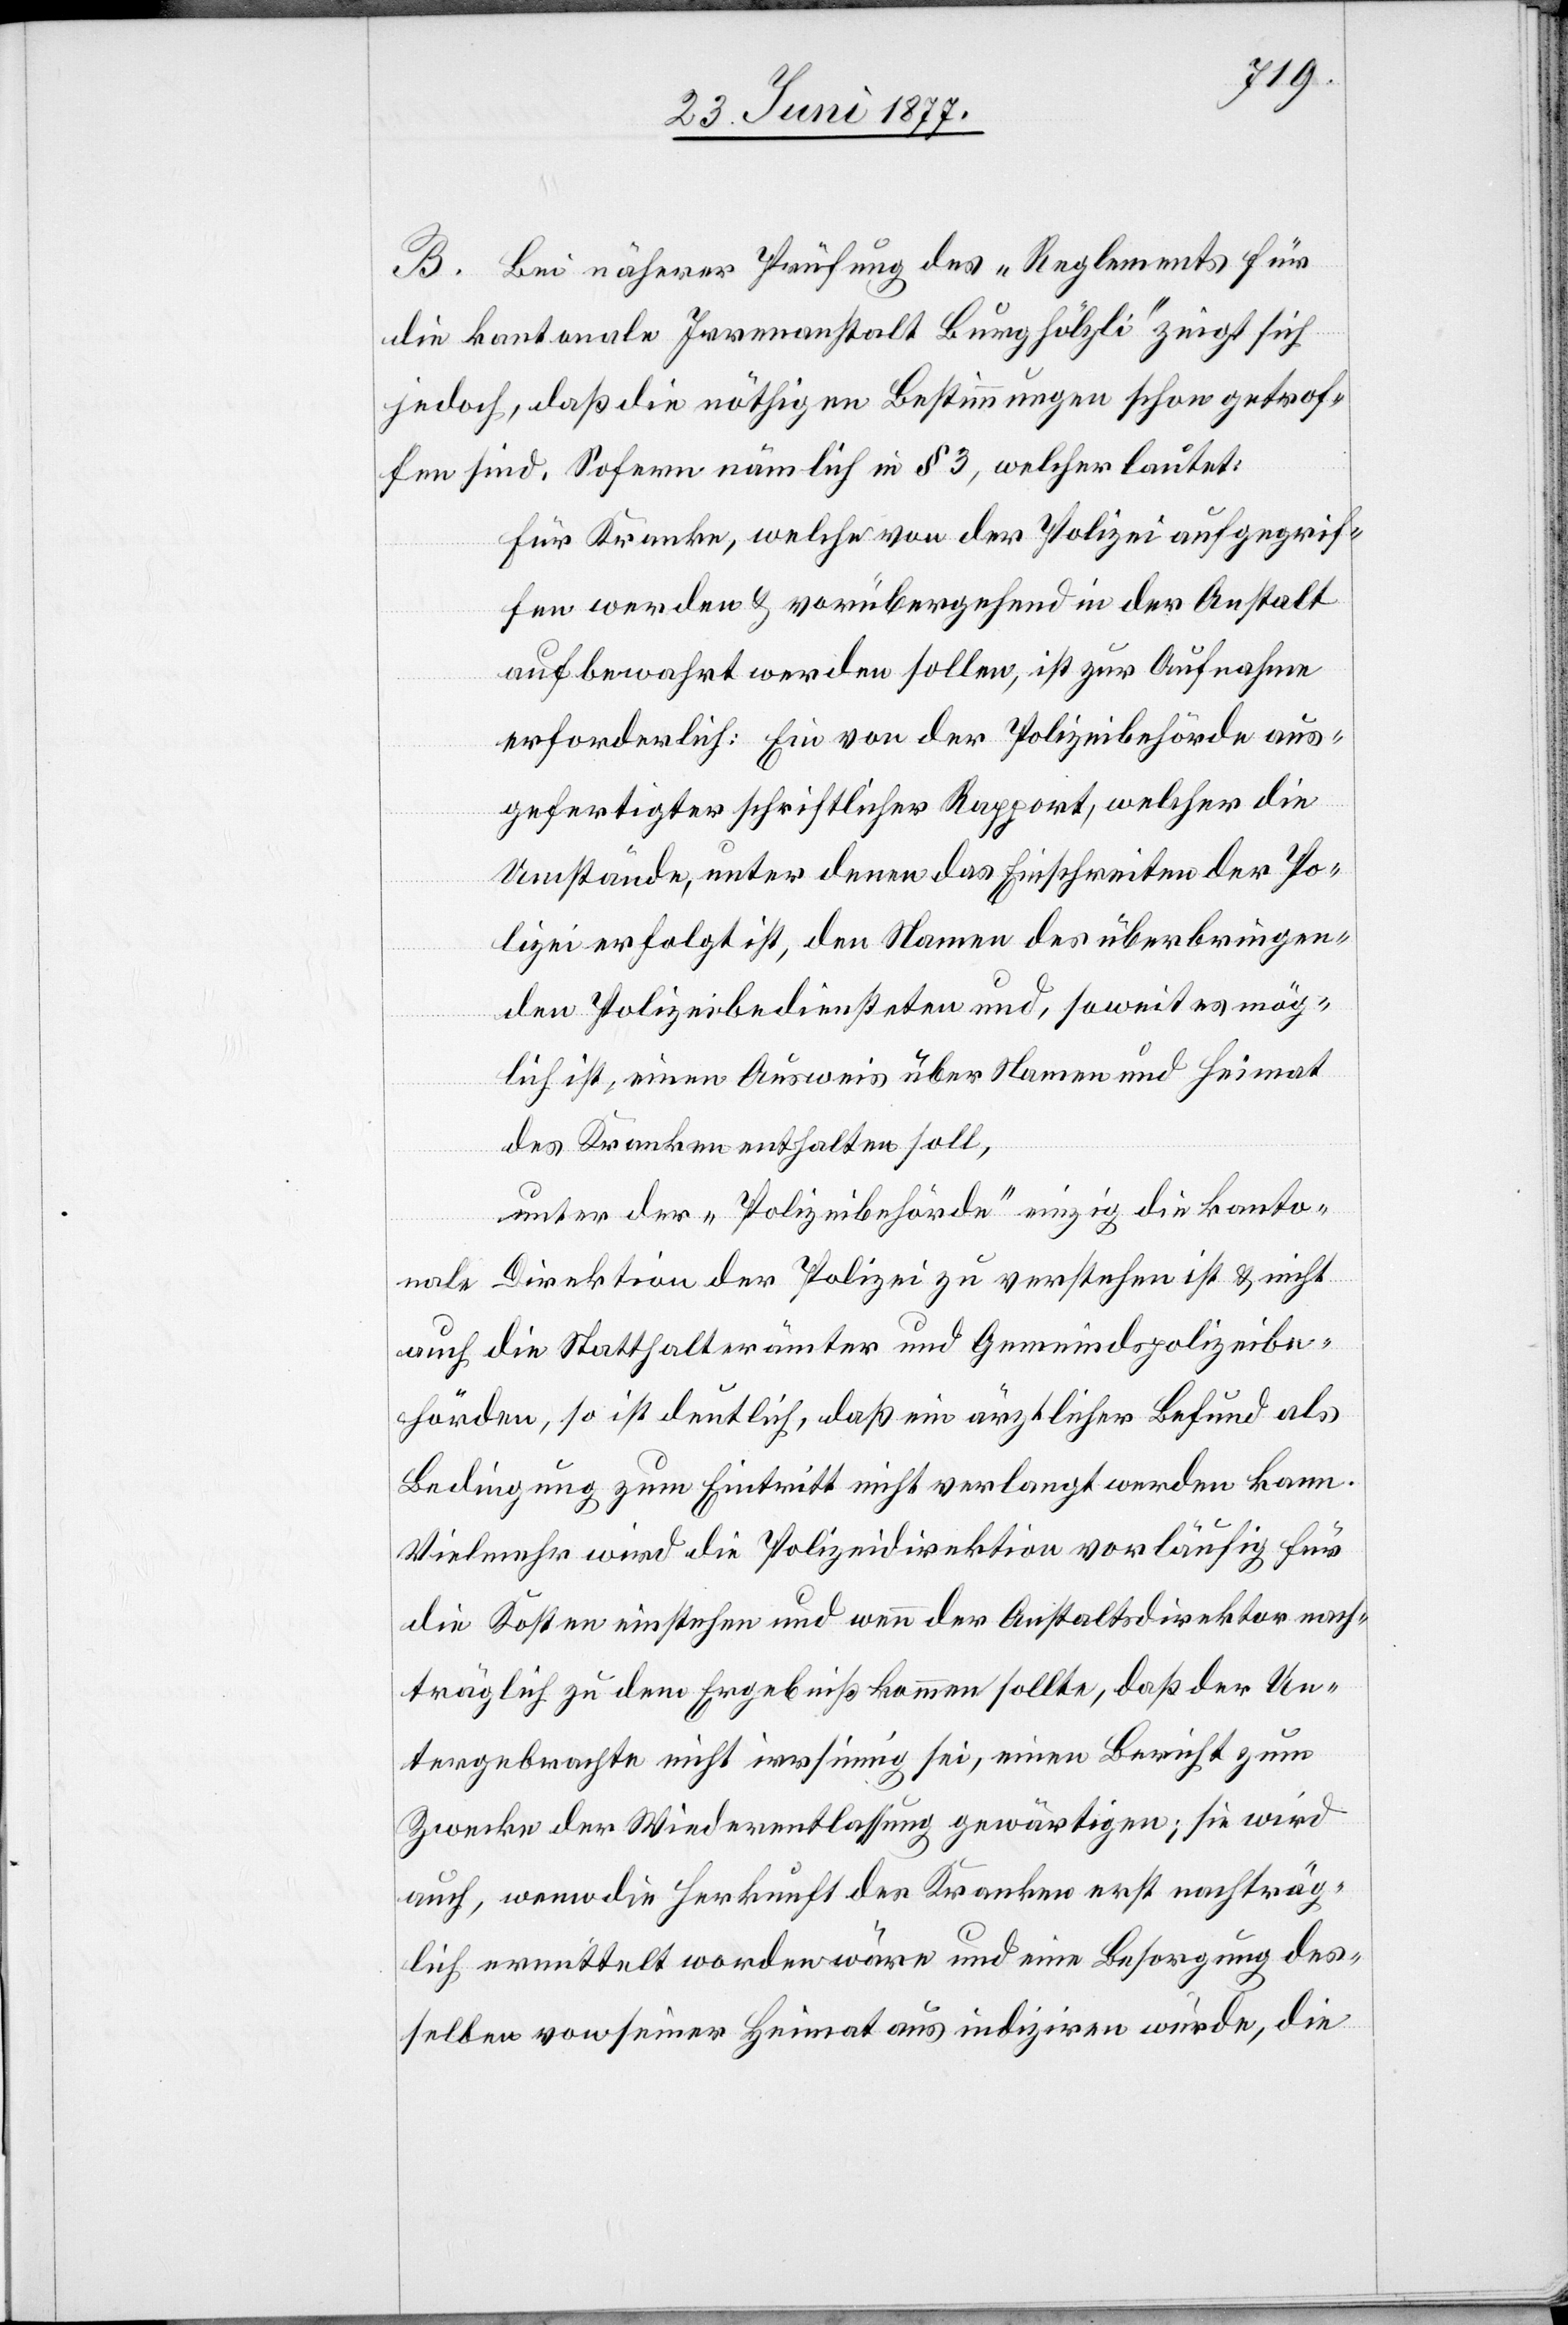
B. Bei näherer Prüfung des „Reglements für
die kantonale Irrenanstalt Burghölzli“ zeigt sich
jedoch, daß die nöthigen Bestimmungen schon getrof¬
fen sind. Sofern nämlich in § 3, welcher lautet:
Für Kranke, welche von der Polizei aufgegrif¬
fen werden & vorübergehend in der Anstalt
aufbewahrt werden sollen, ist zur Aufnahme
erforderlich: Ein von der Polizeibehörde aus¬
gefertigter schriftlicher Rapport, welcher die
Umstände, unter denen das Einschreiten der Po¬
lizei erfolgt ist, den Namen des überbringen¬
den Polizeibediensteten und, soweit es mög¬
lich ist, ein Ausweis über Namen und Heimat
des Kranken enthalten soll,
unter der „Polizeibehörde“ einzig die kanto¬
nale Direktion der Polizei zu verstehen ist & nicht
auch die Statthalterämter und Gemeindspolizeibe¬
hörden, so ist deutlich, daß ein ärztlicher Befund als
Bedingung zum Eintritt nicht verlangt werden kann.
Vielmehr wird die Polizeidirektion vorläufig für
die Kosten einstehen und wenn der Anstaltsdirektor nach¬
träglich zu dem Ergebniß kommen sollte, daß der Un¬
tergebrachte nicht irrsinnig sei, einen Bericht zum
Zwecke der Wiederentlassung gewärtigen; sie wird
auch, wenn die Herkunft des Kranken erst nachträg¬
lich ermittelt worden wäre und eine Besorgung des¬
selben von seiner Heimat aus indiziren würde, die